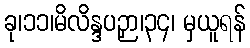
ခု၊၁၁၊မိလိန္ဒပဉှာ၊၃၄၊ မှယူရန်